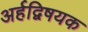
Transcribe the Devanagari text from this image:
अर्हद्विषयक